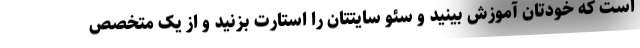
است که خودتان آموزش بینید و سئو سایتتان را استارت بزنید و از یک متخصص